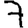
Digit: 7